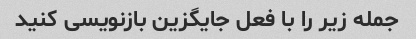
جمله زیر را با فعل جایگزین بازنویسی کنید